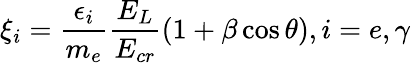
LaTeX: \xi_{i}=\frac{\epsilon_{i}}{m_{e}}\frac{E_{L}}{E_{cr}}(1+\beta\cos\theta),i=e,\gamma